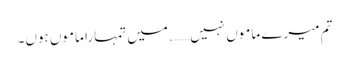
تم میرے ماموں نہیں……. میں تمہارا ماموں ہوں۔